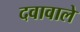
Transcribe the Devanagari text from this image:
दवावाले